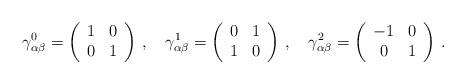
\begin{align*}\gamma^{0}_{ \alpha \beta}= \left(\begin{array}{cc}1 & 0\\0 & 1\end{array}\right)\,, \quad \gamma^{1}_{ \alpha \beta}=\left(\begin{array}{cc}0 & 1\\1 & 0\end{array}\right)\, , \quad \gamma^2_{ \alpha \beta}=\left(\begin{array}{cc}-1 & 0\\0 & 1\end{array}\right) \,.\end{align*}